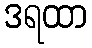
ဒရထာ